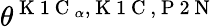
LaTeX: \theta^{\mathrm{~K~1~C~}_{\alpha},\mathrm{~K~1~C~},\mathrm{~P~2~N~}}